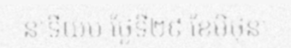
នាទីយប់ ថ្ងែទី២៩ ខែមិថុនា